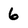
Character: 6